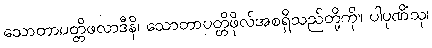
သောတာပတ္တိဖလာဒီနိ၊ သောတာပတ္တိဖိုလ်အစရှိသည်တို့ကို။ ပါပုဏိံသု၊